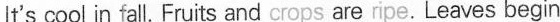
It's cool in fall.Fruits and crops are ripe. Leaves begin